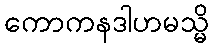
ကောကနဒါဟမသ္မိ